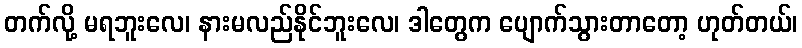
တက်လို့ မရဘူးလေ၊ နားမလည်နိုင်ဘူးလေ၊ ဒါတွေက ပျောက်သွားတာတော့ ဟုတ်တယ်၊